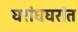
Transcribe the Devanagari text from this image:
घरांघघरांत